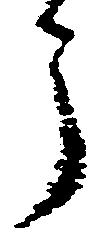
了